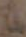
真